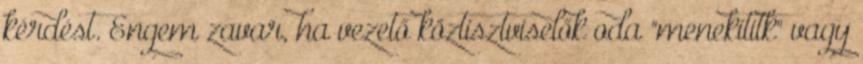
kérdést. Engem zavar, ha vezető köztisztviselők oda "menekítitk" vagy